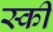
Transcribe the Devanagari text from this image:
स्‍की